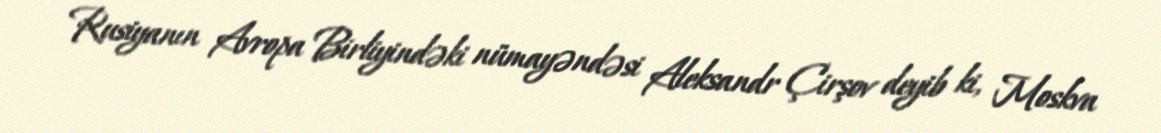
Rusiyanın Avropa Birliyindəki nümayəndəsi Aleksandr Çirşov deyib ki, Moskva